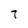
Character: t